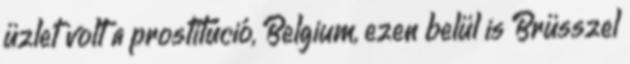
üzlet volt a prostitúció, Belgium, ezen belül is Brüsszel